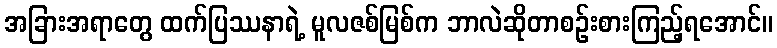
အခြားအရာတွေ ထက်ပြဿနာရဲ့ မူလဇစ်မြစ်က ဘာလဲဆိုတာစဉ်းစားကြည့်ရအောင်။